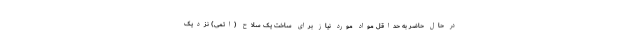
در حال حاضر به حداقل مواد مورد نیاز برای ساخت یک سلاح (اتمی) نزدیک